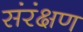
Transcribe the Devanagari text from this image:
संरंक्षण